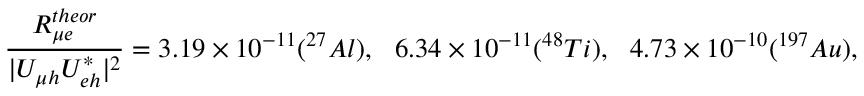
\frac { R _ { \mu e } ^ { t h e o r } } { | U _ { \mu h } U _ { e h } ^ { * } | ^ { 2 } } = 3 . 1 9 \times 1 0 ^ { - 1 1 } ( ^ { 2 7 } A l ) , ~ ~ 6 . 3 4 \times 1 0 ^ { - 1 1 } ( ^ { 4 8 } T i ) , ~ ~ 4 . 7 3 \times 1 0 ^ { - 1 0 } ( ^ { 1 9 7 } A u ) ,